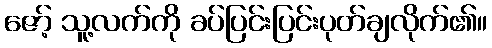
ဇော့် သူ့လက်ကို ခပ်ပြင်းပြင်းပုတ်ချလိုက်၏။